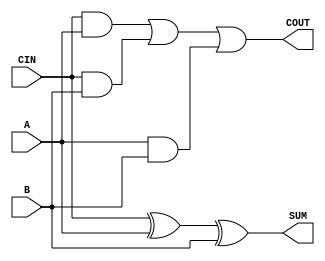
`timescale 1ns / 1ps
//////////////////////////////////////////////////////////////////////////////////
// Company: 
// Engineer: 
// 
// Design Name: 
// Module Name: mbledhesi1b
// Project Name: 
// Target Devices: 
// Tool Versions: 
// Description: 
// 
// Dependencies: 
// 
// Revision:
// Revision 0.01 - File Created
// Additional Comments:
// 
//////////////////////////////////////////////////////////////////////////////////

module mbledhesi1b(
    input A,
    input B,
    input CIN,
    output SUM,
    output COUT
    );
    
assign SUM = CIN ^ A ^ B;
assign COUT = CIN & A | CIN & B | A & B;
    
endmodule